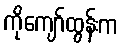
ကိုကျော်ထွန်းက